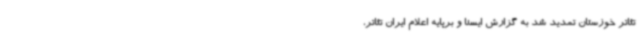
تئاتر خوزستان تمدید شد به گزارش ایسنا و برپایه اعلام ایران تئاتر،